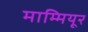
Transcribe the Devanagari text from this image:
माम्मियूर